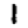
Digit: 1